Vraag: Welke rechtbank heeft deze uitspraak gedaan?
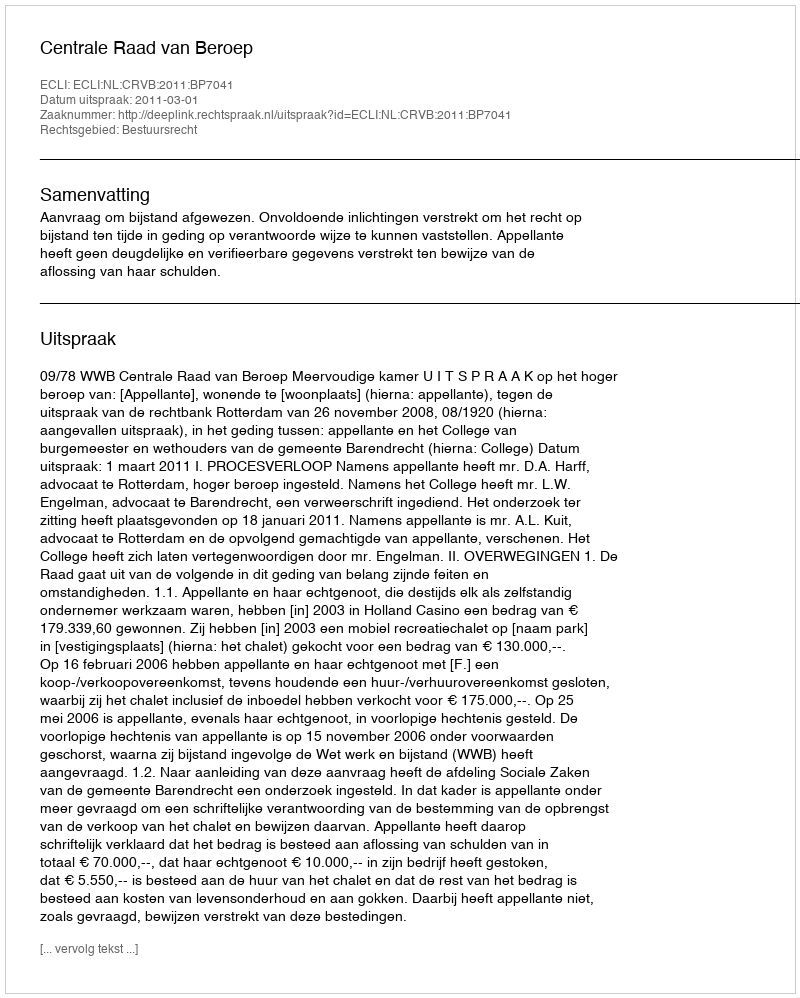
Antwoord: Centrale Raad van Beroep